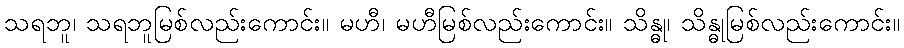
သရဘူ၊ သရဘူမြစ်လည်းကောင်း။ မဟီ၊ မဟီမြစ်လည်းကောင်း။ သိန္ဓု၊ သိန္ဓုမြစ်လည်းကောင်း။